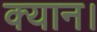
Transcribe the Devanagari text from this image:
क्यान।